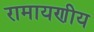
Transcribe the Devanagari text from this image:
रामायणीय